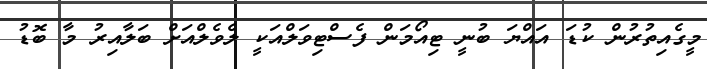
މީގެއިތުރުން ކުޑަ އައްޔަ ބުނީ ޓިއޯމަން ފެސްޓިވަލްއަކީ ލެވެލްއަށް ބަލާއިރު މާ ބޮޑު